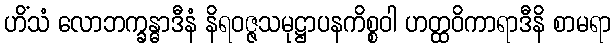
ဟိံသံ လောဘက္ခန္ဓာဒီနံ နိရဝဇ္ဇသမုဋ္ဌာပနကိစ္စဝါ ဟတ္ထဝိကာရာဒီနိ စာမရာ